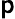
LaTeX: \mathsf{p}